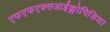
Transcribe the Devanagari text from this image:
एफएफएक्सआईक्लोपिडिया